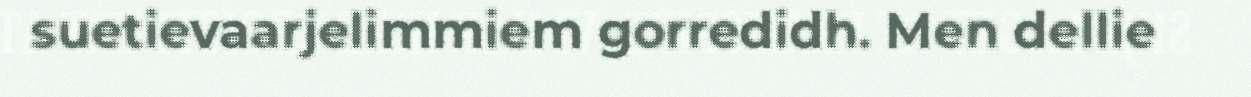
suetievaarjelimmiem gorredidh. Men dellie